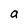
Character: a